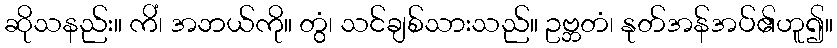
ဆိုသနည်း။ ကိံ၊ အဘယ်ကို။ တွံ၊ သင်ချစ်သားသည်။ ဥဗ္ဘတံ၊ နုတ်အန်အပ်၏ဟူ၍။